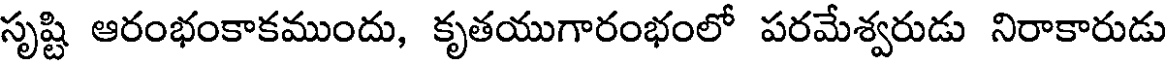
సృష్టి ఆరంభంకాకముందు, కృతయుగారంభంలో పరమేశ్వరుడు నిరాకారుడు